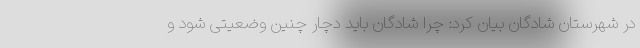
در شهرستان شادگان بیان کرد: چرا شادگان باید دچار چنین وضعیتی شود و